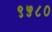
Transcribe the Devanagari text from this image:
९५८०